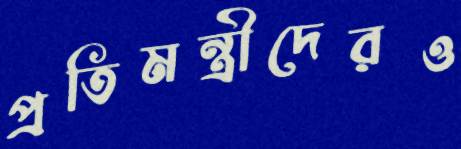
প্রতিমন্ত্রীদেরও